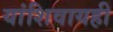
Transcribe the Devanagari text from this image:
यांशिवायही